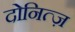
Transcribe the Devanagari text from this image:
दोनित्ज़